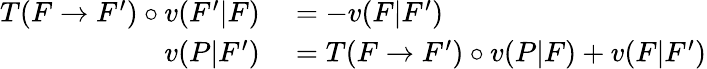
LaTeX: \begin{array}{rl}{T(F\to F^{\prime})\circ v(F^{\prime}|F)}&{{}=-v(F|F^{\prime})}\\ {v(P|F^{\prime})}&{{}=T(F\to F^{\prime})\circ v(P|F)+v(F|F^{\prime})}\end{array}